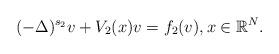
LaTeX: \begin{align*}(-\Delta)^{s_{2}}v+V_{2}(x)v=f_{2}(v), x\in\mathbb{R}^{N}.\end{align*}